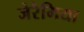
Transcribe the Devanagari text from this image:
जेरैमिया